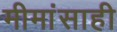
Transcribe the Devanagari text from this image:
मीमांसाही